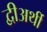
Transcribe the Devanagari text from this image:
द्वीअर्थी